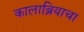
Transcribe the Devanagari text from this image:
कालाब्रियाचा